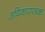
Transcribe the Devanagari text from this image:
अधिकारपत्रक